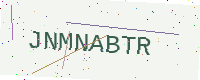
Text: JNMNABTR